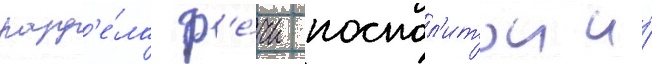
разд'е́ла р'е́чи поспол'итои и́